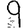
Digit: 9